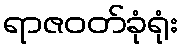
ရာဇဝတ်ခုံရုံး